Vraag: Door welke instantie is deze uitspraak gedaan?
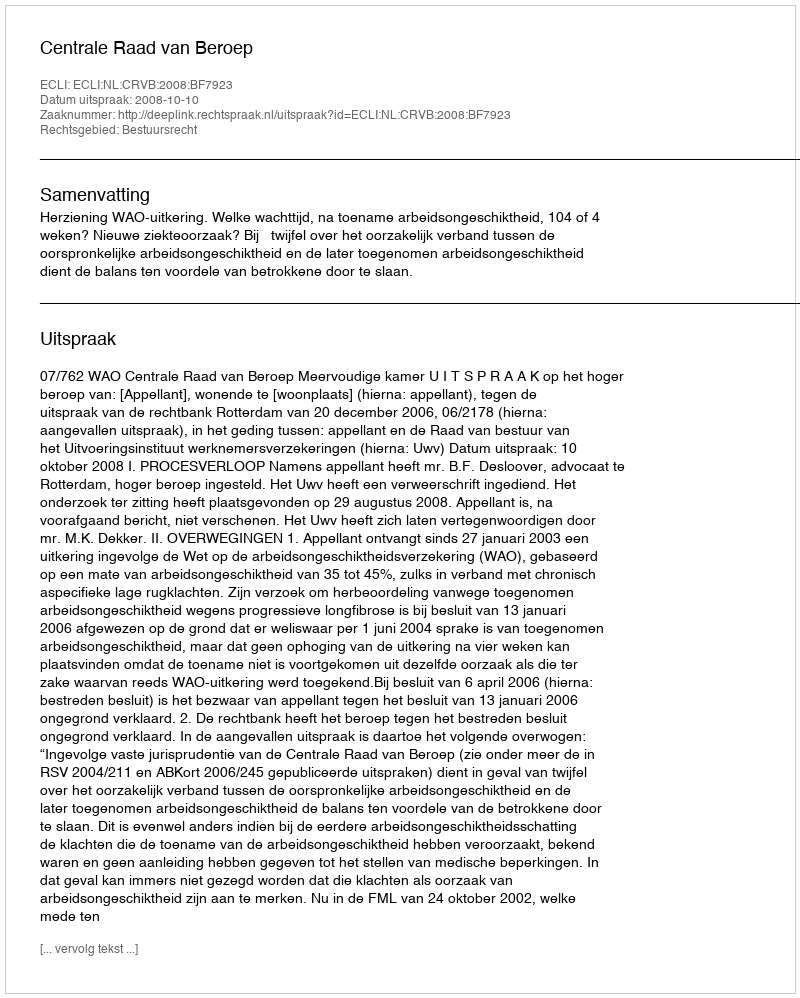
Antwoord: Centrale Raad van Beroep